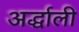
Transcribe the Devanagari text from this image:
अर्द्धाली